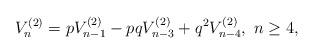
LaTeX: \begin{align*}V_{n}^{(2)}=pV_{n-1}^{(2)}-pqV_{n-3}^{(2)}+q^{2}V_{n-4}^{(2)},\ n\geq4,\end{align*}